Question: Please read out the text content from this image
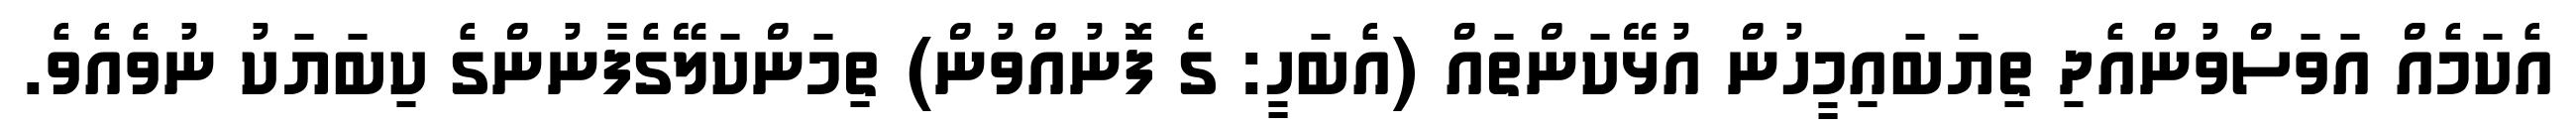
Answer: އެކަމެއް އަވަސްވުންއެދި ތިޔަބައިމީހުން އުޅޭކަންތައް (އެބަހީ: ގެ ފޮނުއްވުން) ތިމަންކަލޭގެފާނުންގެ ކިބަޔަކު ނުވެއެވެ.